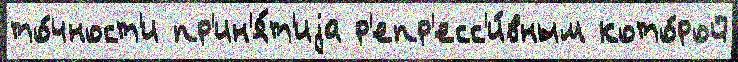
то́чност'и пр'ин'я́т'иjа р'епр'есс'и́вным кото́рой